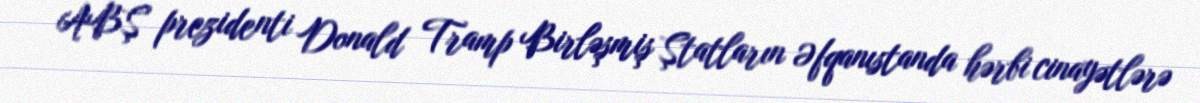
ABŞ prezidenti Donald Tramp Birləşmiş Ştatların Əfqanıstanda hərbi cinayətlərə